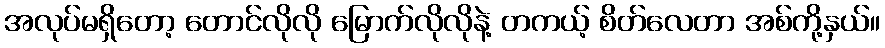
အလုပ်မရှိတော့ တောင်လိုလို မြောက်လိုလိုနဲ့ တကယ့် စိတ်လေတာ အစ်ကို့နှယ်။